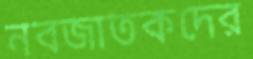
নবজাতকদের